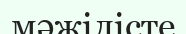
мәжілісте